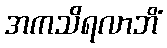
အကသိရလာဘိံ